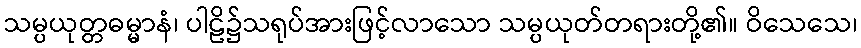
သမ္ပယုတ္တဓမ္မာနံ၊ ပါဠိ၌သရုပ်အားဖြင့်လာသော သမ္ပယုတ်တရားတို့၏။ ဝိသေသေ၊